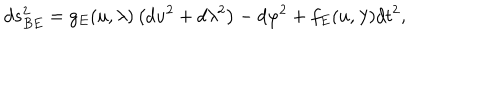
d s _ { B E } ^ { 2 } = g _ { E } ( u , \lambda ) \left( d u ^ { 2 } + d \lambda ^ { 2 } \right) - d \varphi ^ { 2 } + f _ { E } ( u , \lambda ) d t ^ { 2 } ,